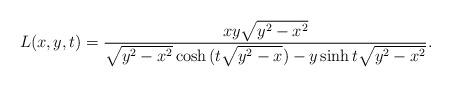
LaTeX: \begin{align*} L(x,y,t)= \frac{xy\sqrt{y^2-x^2}}{\sqrt{y^2-x^2}\cosh{(t\sqrt{y^2-x})}-y\sinh{t\sqrt{y^2-x^2}}}.\end{align*}